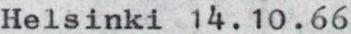
Helsinki 14.10.66